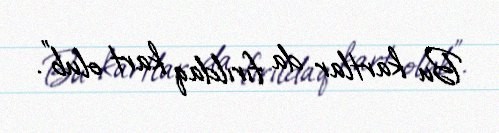
Bu kartlar da fırıldaq kart olub”.